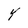
Character: Y